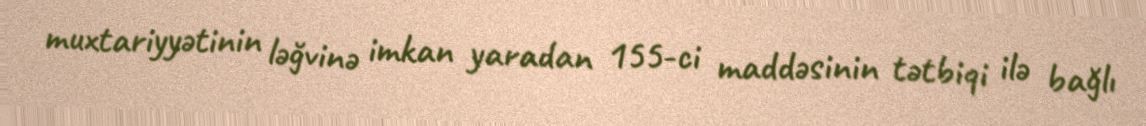
muxtariyyətinin ləğvinə imkan yaradan 155-ci maddəsinin tətbiqi ilə bağlı